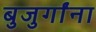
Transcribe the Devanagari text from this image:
बुजुर्गांना